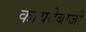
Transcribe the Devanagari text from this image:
कायदेबाजी